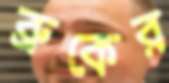
ব্রুকের